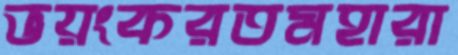
ভয়ংকরতমহারা